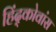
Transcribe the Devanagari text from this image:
हिंद्कोवांस